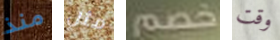
منذ مثل خصم وقت